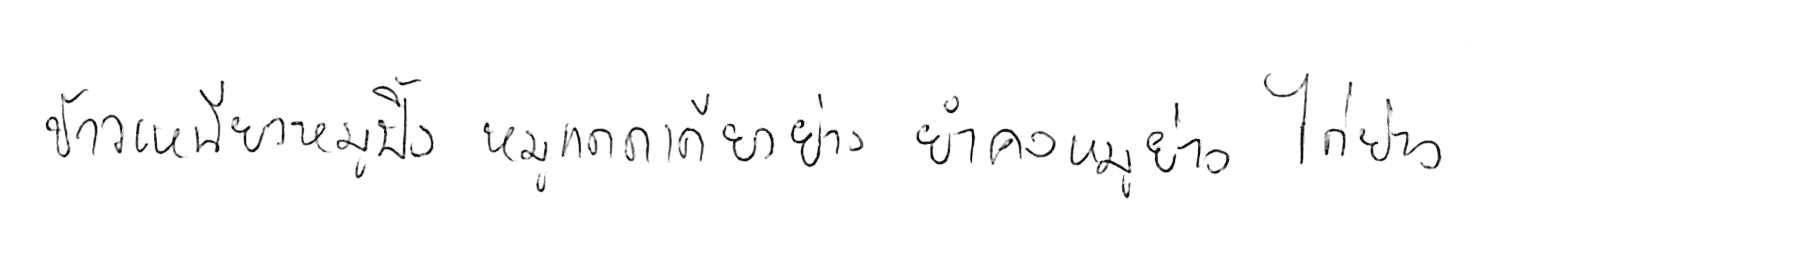
ข้าวเหนียวหมูปิ้ง หมูแดดเดียวย่าง ยำคอหมูย่าง ไก่ย่าง